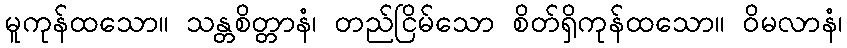
မူကုန်ထသော။ သန္တစိတ္တာနံ၊ တည်ငြိမ်သော စိတ်ရှိကုန်ထသော။ ဝိမလာနံ၊